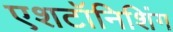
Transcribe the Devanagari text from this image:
एशटॉनिशिंग